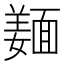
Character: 𲊚